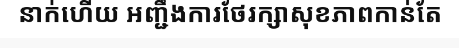
នាក់ហើយ អញ្ជឹងការថែរក្សាសុខភាពកាន់តែ